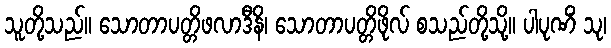
သူတို့သည်။ သောတာပတ္တိဖလာဒီနိ၊ သောတာပတ္တိဖိုလ် စသည်တို့သို့။ ပါပုဏိံ သု၊